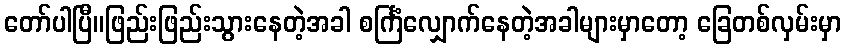
တော်ပါပြီ။ဖြည်းဖြည်းသွားနေတဲ့အခါ စင်္ကြံလျှောက်နေတဲ့အခါများမှာတော့ ခြေတစ်လှမ်းမှာ